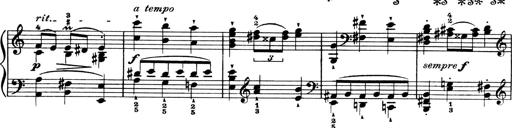
Title: 4 Sonatines
Composer: Max Reger